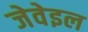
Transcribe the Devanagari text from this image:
जेवेइल